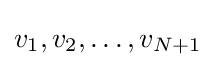
v_{1},v_{2},\dots ,v_{N+1}